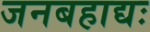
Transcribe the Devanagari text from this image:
जनबहाद्यः